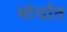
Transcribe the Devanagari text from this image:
मोर्चात